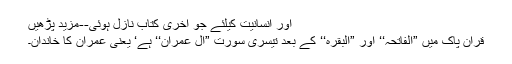
اور انسانیت کیلئے جو آخری کتاب نازل ہوئی--مزید پڑھیں
قرآن پاک میں ”الفاتحہ‘‘ اور ”البقرہ‘‘ کے بعد تیسری سورت ”آلِ عمران‘‘ ہے‘ یعنی عمران کا خاندان۔